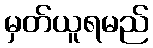
မှတ်ယူရမည်